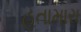
હતામારા